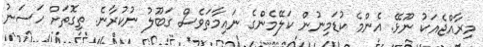
މިރާއްޖެއަކު ނޫޅޭ. އެންމެ ކުޑަމިނުން ކަލޭމެންގެ ނައިމާތަވެސް ގަބޫލު ނުކުރާނެ. ތިގޮތަށް ހަސަނު